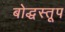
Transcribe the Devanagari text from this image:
बोद्धस्तूप